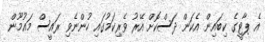
އެ ޕާޓީގެ ކިބައިން އެކަން ދަސްކޮށް އޭރު ވެރިކަމުގައި ހުންނެވި ރައީސް މައުމޫން